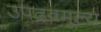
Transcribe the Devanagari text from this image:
उपद्रवमूल्य